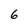
Character: 6